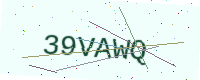
Text: 39VAWQ